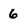
Character: 6